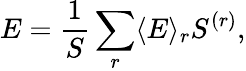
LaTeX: E=\frac{1}{S}\sum_{r}\langle E\rangle_{r}S^{(r)},